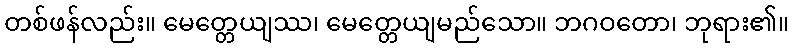
တစ်ဖန်လည်း။ မေတ္တေယျဿ၊ မေတ္တေယျမည်သော။ ဘဂဝတော၊ ဘုရား၏။